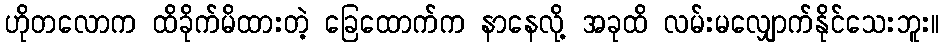
ဟိုတလောက ထိခိုက်မိထားတဲ့ ခြေထောက်က နာနေလို့ အခုထိ လမ်းမလျှောက်နိုင်သေးဘူး။